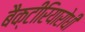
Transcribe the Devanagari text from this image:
बैक्टीरियारोधी